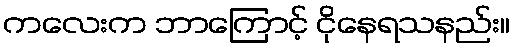
ကလေးက ဘာကြောင့် ငိုနေရသနည်း။